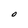
Character: O